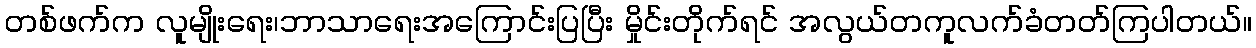
တစ်ဖက်က လူမျိုးရေး၊ဘာသာရေးအကြောင်းပြပြီး မှိုင်းတိုက်ရင် အလွယ်တကူလက်ခံတတ်ကြပါတယ်။